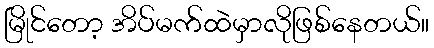
မြိုင်တော့ အိပ်မက်ထဲမှာလိုဖြစ်နေတယ်။